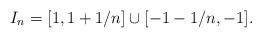
LaTeX: \begin{align*}I_n=[1,1+1/n]\cup [-1-1/n,-1].\end{align*}